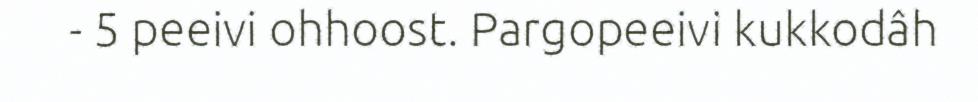
- 5 peeivi ohhoost. Pargopeeivi kukkodâh